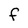
Character: F